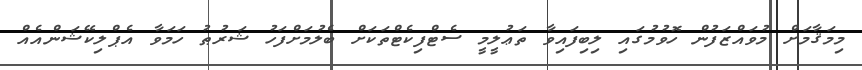
މިމަޤާމަށް މުވައްްޒަފުން ހޮވުމުގައި ލިބިފައިވާ ތަޢުލީމީ ސެޓްފިކެޓްތަަކަށް ބެލުމަށްފަހު ޝަރުުޠު ހަމަވާ އެޕްލިކޭޝަންއެއް